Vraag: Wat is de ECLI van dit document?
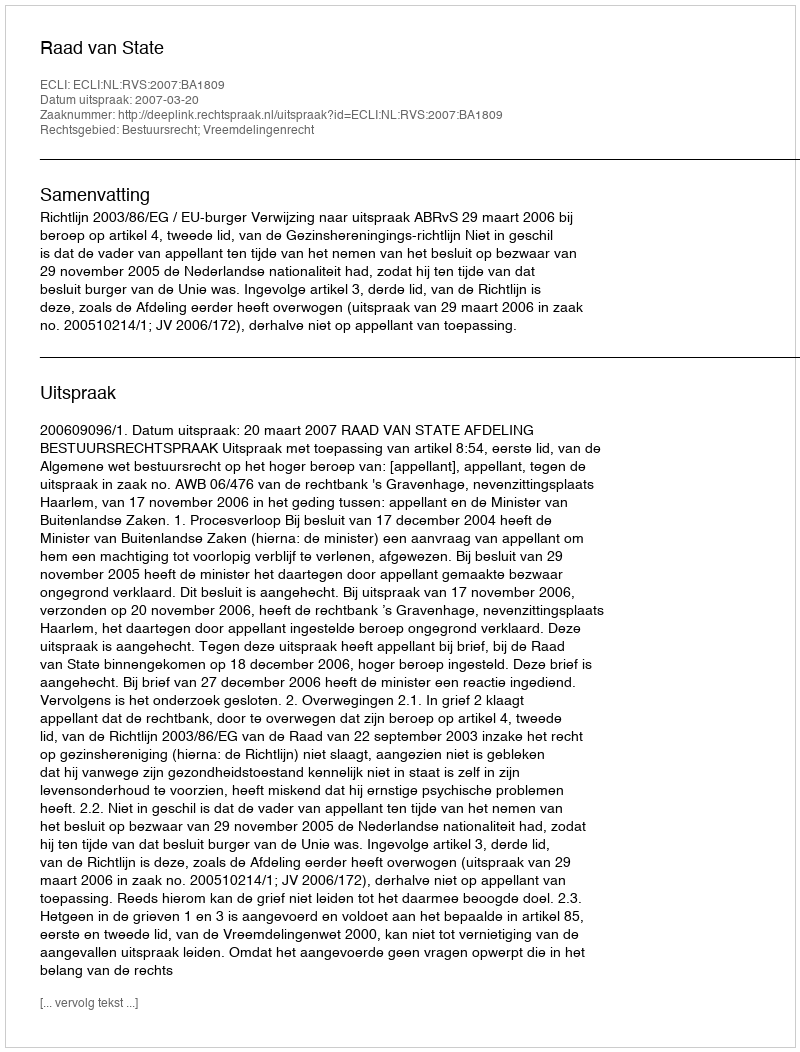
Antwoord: ECLI:NL:RVS:2007:BA1809